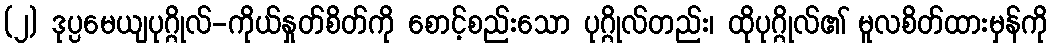
(၂) ဒုပ္ပမေယျပုဂ္ဂိုလ်-ကိုယ်နှုတ်စိတ်ကို စောင့်စည်းသော ပုဂ္ဂိုလ်တည်း၊ ထိုပုဂ္ဂိုလ်၏ မူလစိတ်ထားမှန်ကို